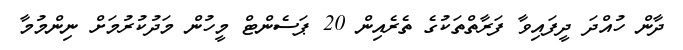
ދާން ހުއްދަ ދީފައިވާ ފަރާތްތަކުގެ ތެރެއިން 20 ޕަސެންޓް މީހުން މަދުކުރުމަށް ނިންމުމާ